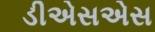
ડીએસએસ